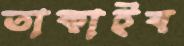
তাকাইব